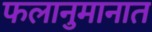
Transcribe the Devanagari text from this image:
फलानुमानात